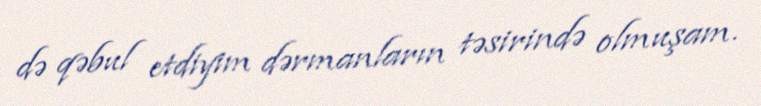
də qəbul etdiyim dərmanların təsirində olmuşam.